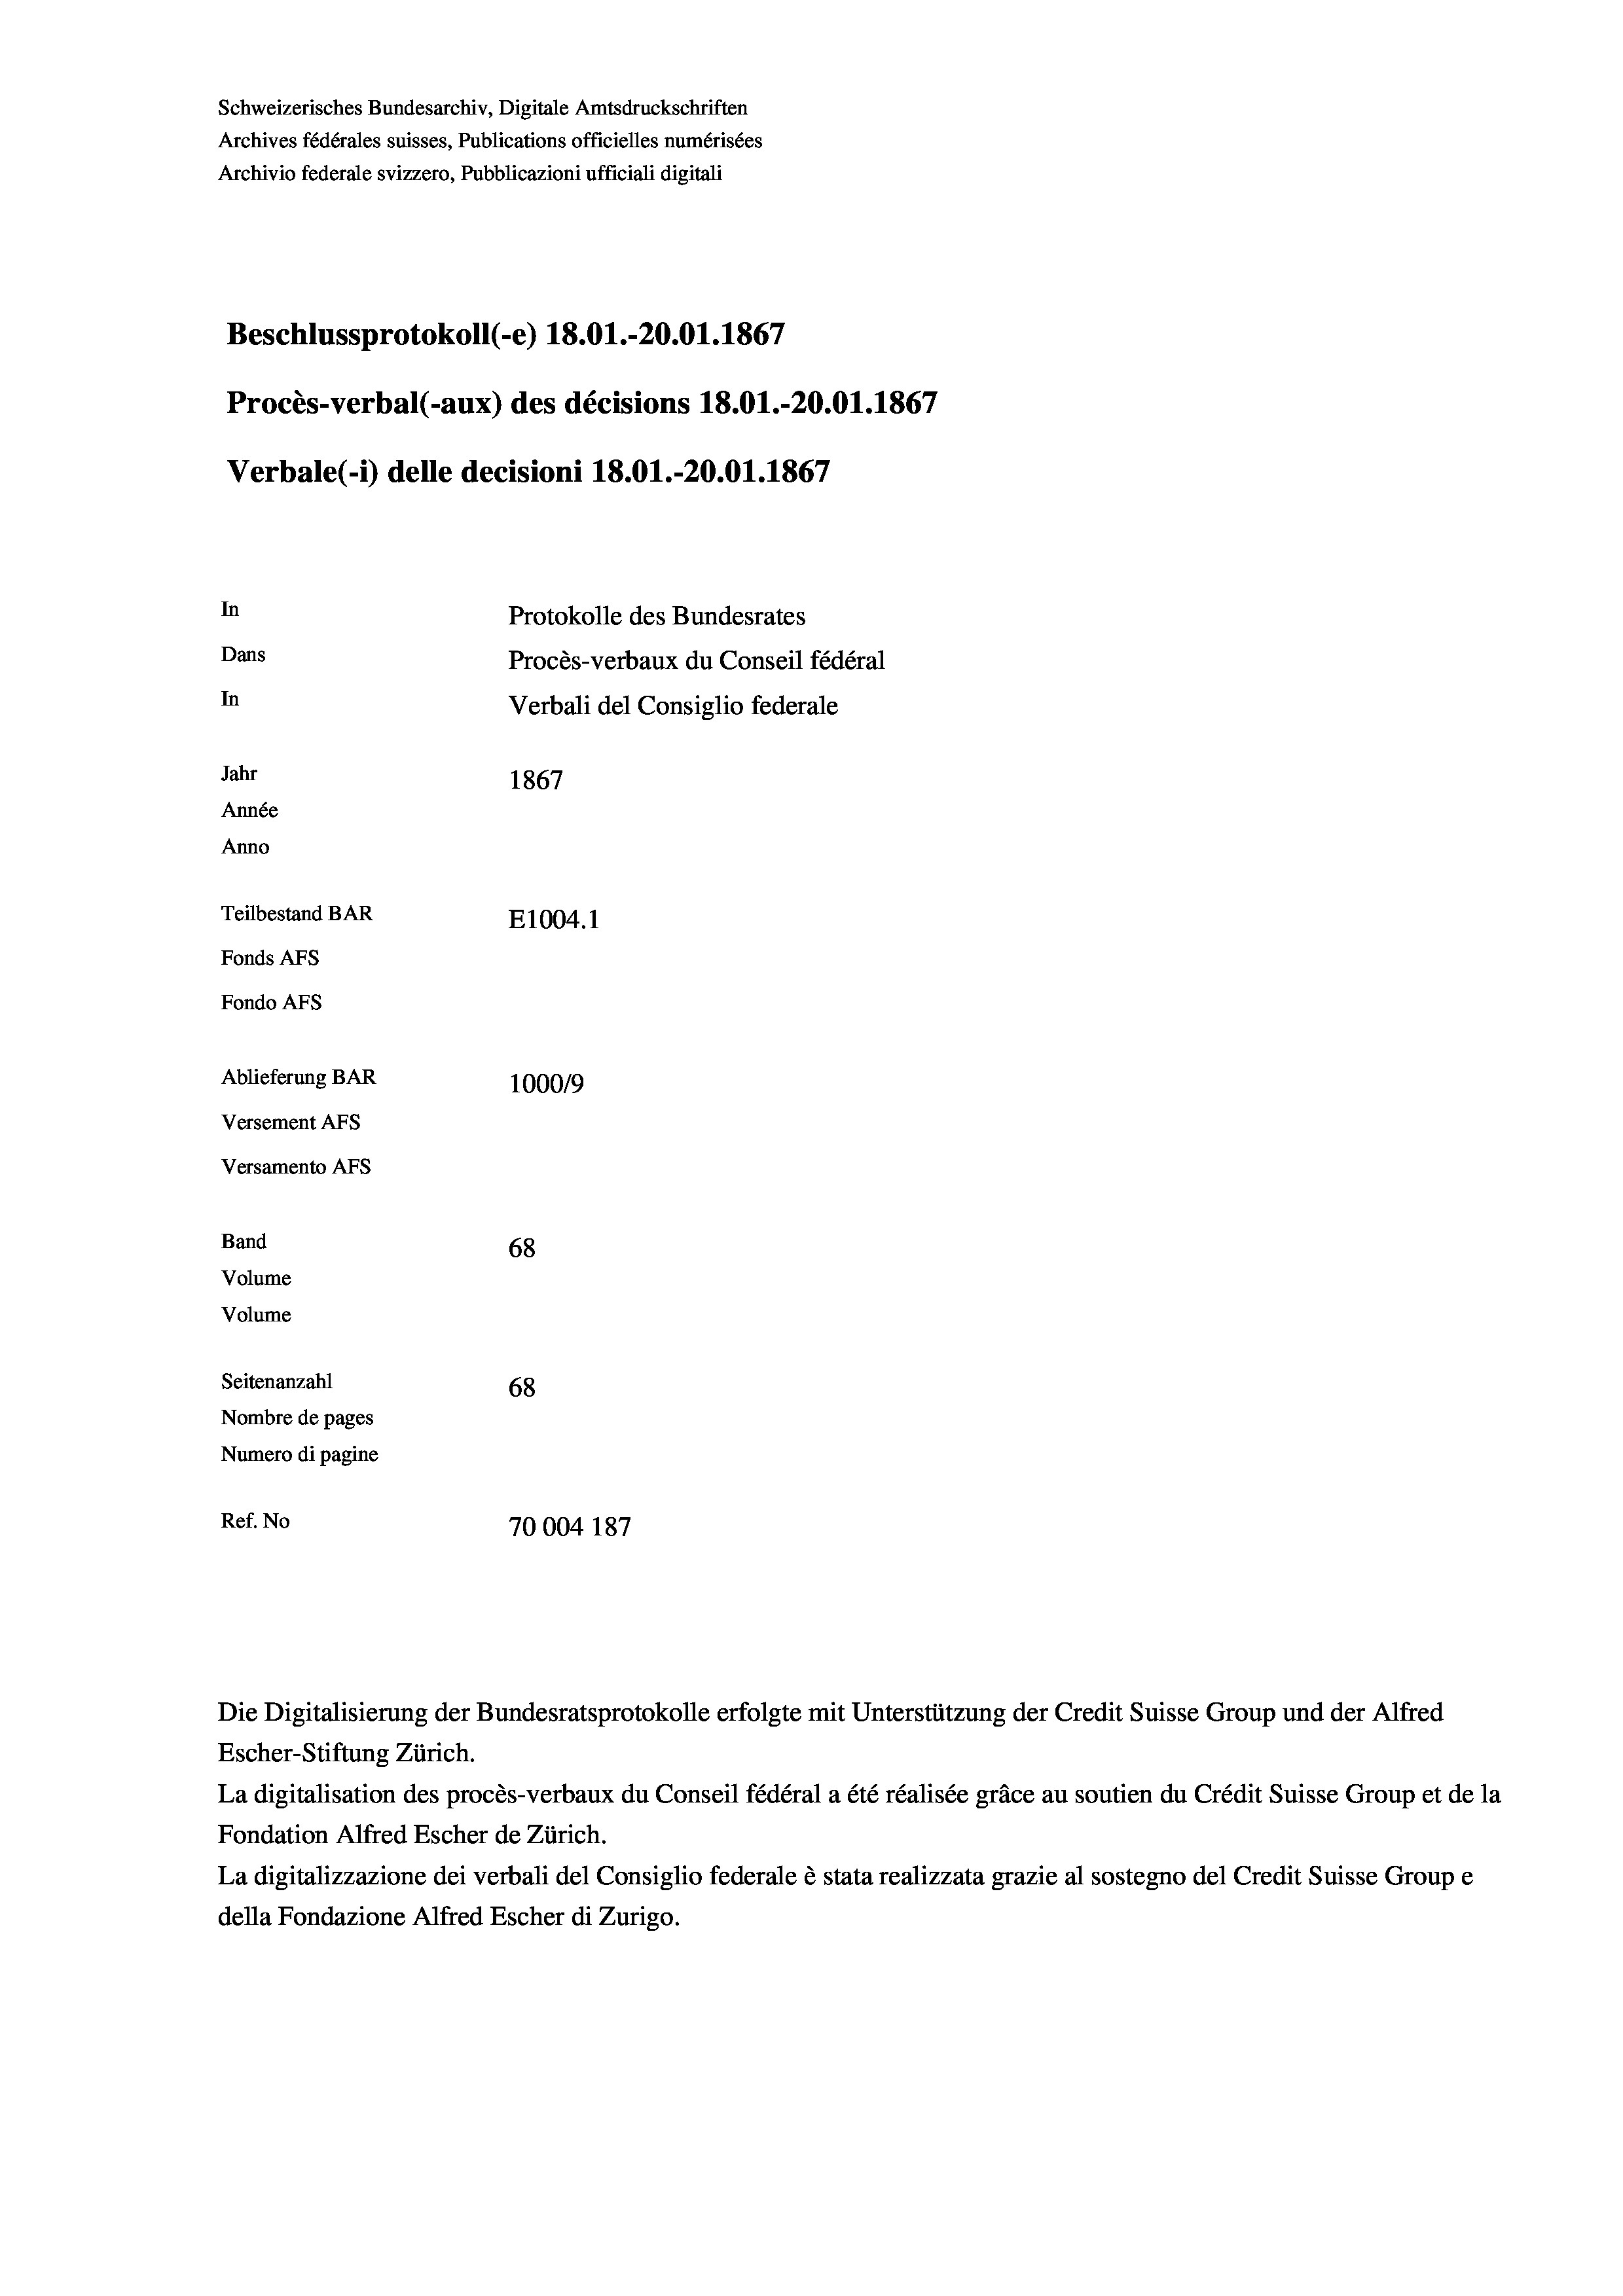
Schweizerisches Bundesarchiv, Digitale Amtsdruckschriften
Archives fédérales suisses, Publications officielles numérisées
Archivio federale svizzero, Pubblicazioni ufficiali digitali
Beschlussprotokoll (-e) 18.01.-20.01. 1867
Procès-verbal (-aux) des décisions 18.01.-20.01. 1867
Verbale(-*) delle decisioni 18.01.-20.01. 1867
In
Protokolle des Bundesrates
Dans
Procès-verbaux du Conseil fédéral
In
Verbali del Consiglio federale
Jahr
1867
Année
Anno
Teilbestand BAR
E1004.1
Fonds AFs
Fondo Afs
Ablieferung BAR
100019
Versement Ans

Versamento Afs
Band
Volume
Volume

68
Seitenanzahl
68
Nombre de pages
Numero di pagine
Ref. No
70004 187

Escher-Stiftung Zürich.
La digitalisation des procès-verbaux du Conseil fédéral a été réalisée gräce au soutien du Crédit Suisse Group et de la
Fondation Alfred Escher de Zürich.
La digitalizzazione dei verbali del Consiglio federale è stata realizzata grazie al sostegno del Credit Suisse Groupe
della Fondazione Alfred Escher di Zurigo.

Die Digitalisierung der Bundesratsprotokolle erfolgte mit Unterstützung der Credit Suisse Group und der Alfred